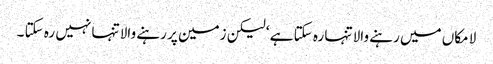
لا مکاں میں رہنے والا تنہا رہ سکتا ہے ‘ لیکن زمین پر رہنے والا تنہا نہیں رہ سکتا ۔